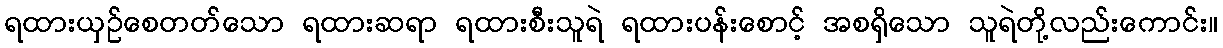
ရထားယှဉ်စေတတ်သော ရထားဆရာ ရထားစီးသူရဲ ရထားပန်းစောင့် အစရှိသော သူရဲတို့လည်းကောင်း။